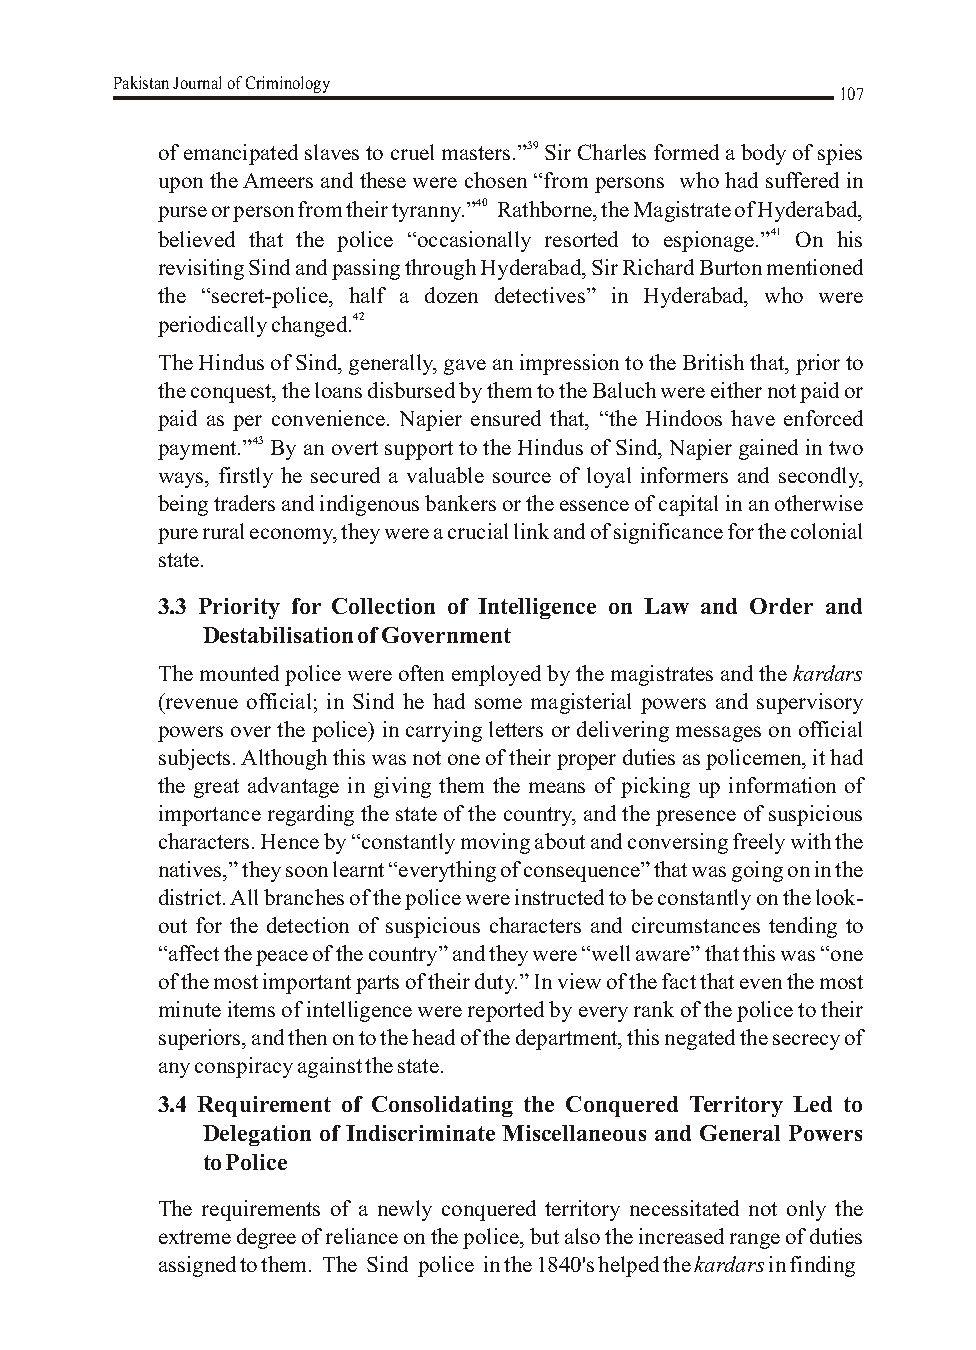
Pakistan Journal of Criminology
 107
 of emancipated slaves to cruel masters.”39 Sir Charles formed a body of spies
 upon the Ameers and these were chosen “from persons who had suffered in
 purse or person from their tyranny.”40 Rathborne, the Magistrate of Hyderabad,
 believed that the police “occasionally resorted to espionage.”41 On his
 revisiting Sind and passing through Hyderabad, Sir Richard Burton mentioned
 the “secret-police, half a dozen detectives” in Hyderabad, who were
 periodically changed.42
 The Hindus of Sind, generally, gave an impression to the British that, prior to
 the conquest, the loans disbursed by them to the Baluch were either not paid or
 paid as per convenience. Napier ensured that, “the Hindoos have enforced
 payment.”43 By an overt support to the Hindus of Sind, Napier gained in two
 ways, firstly he secured a valuable source of loyal informers and secondly,
 being traders and indigenous bankers or the essence of capital in an otherwise
 pure rural economy, they were a crucial link and of significance for the colonial
 state.
 3.3 Priority for Collection of Intelligence on Law and Order and
 Destabilisation of Government
 The mounted police were often employed by the magistrates and the kardars
 (revenue official; in Sind he had some magisterial powers and supervisory
 powers over the police) in carrying letters or delivering messages on official
 subjects. Although this was not one of their proper duties as policemen, it had
 the great advantage in giving them the means of picking up information of
 importance regarding the state of the country, and the presence of suspicious
 characters. Hence by “constantly moving about and conversing freely with the
 natives,” they soon learnt “everything of consequence” that was going on in the
 district. All branches of the police were instructed to be constantly on the look-
 out for the detection of suspicious characters and circumstances tending to
 “affect the peace of the country” and they were “well aware” that this was “one
 of the most important parts of their duty.” In view of the fact that even the most
 minute items of intelligence were reported by every rank of the police to their
 superiors, and then on to the head of the department, this negated the secrecy of
 any conspiracy against the state.
 3.4 Requirement of Consolidating the Conquered Territory Led to
 Delegation of Indiscriminate Miscellaneous and General Powers
 to Police
 The requirements of a newly conquered territory necessitated not only the
 extreme degree of reliance on the police, but also the increased range of duties
 assigned to them. The Sind police in the 1840's helped the kardars in finding